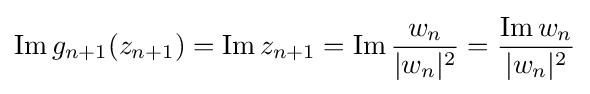
\operatorname {Im} g_{n+1}(z_{n+1})=\operatorname {Im} z_{n+1}=\operatorname {Im} {\frac {w_{n}}{|w_{n}|{}^{2}}}={\frac {\operatorname {Im} w_{n}}{|w_{n}|{}^{2}}}